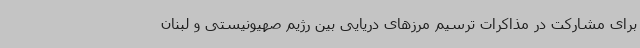
برای مشارکت در مذاکرات ترسیم مرزهای دریایی بین رژیم صهیونیستی و لبنان